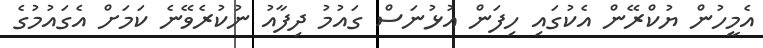
އެމީހުން ޔުކްރޭން އެކުގައި ހިފަން އުޅުނަސް ގައުމު ދިފާއު ނުކުރެވޭނެ ކަމަށް އެގައުމުގެ